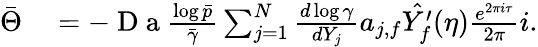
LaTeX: \begin{array}{rl}{\bar{\Theta}}&{{}=-\mathrm{~D~a~}\frac{\log\bar{p}}{\bar{\gamma}}\sum_{j=1}^{N}\frac{d\log\gamma}{dY_{j}}a_{j,f}\hat{Y_{f}^{\prime}}(\eta)\frac{e^{2\pi i\tau}}{2\pi}i.}\end{array}